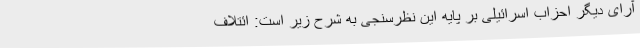
آرای دیگر احزاب اسرائیلی بر پایه این نظرسنجی به شرح زیر است: ائتلاف